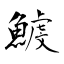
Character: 鰬